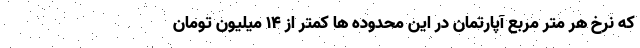
که نرخ هر متر مربع آپارتمان در این محدوده ها کمتر از ۱۴ میلیون تومان